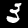
Digit: 3